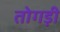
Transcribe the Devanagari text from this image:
तोगड़ी